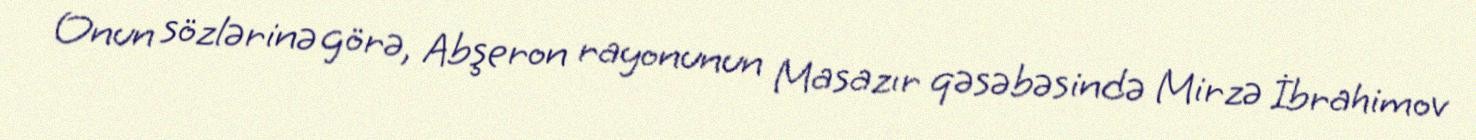
Onun sözlərinə görə, Abşeron rayonunun Masazır qəsəbəsində Mirzə İbrahimov